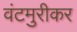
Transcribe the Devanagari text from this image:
वंटमुरीकर